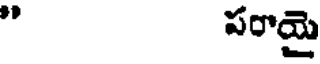
" పరాయై